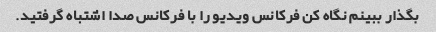
بگذار ببینم نگاه کن فرکانس ویدیو را با فرکانس صدا اشتباه گرفتید.